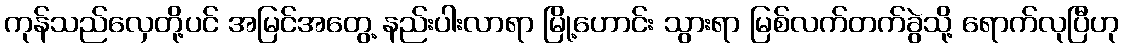
ကုန်သည်လှေတို့ပင် အမြင်အတွေ့ နည်းပါးလာရာ မြို့ဟောင်း သွားရာ မြစ်လက်တက်ခွဲသို့ ရောက်လုပြီဟု